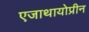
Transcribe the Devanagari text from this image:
एजाथायोप्रीन